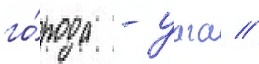
го́рода - уага //